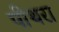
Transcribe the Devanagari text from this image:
पीथरा